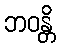
ဘဝန္တိ